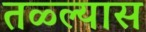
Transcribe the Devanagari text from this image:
तळ्ल्यास